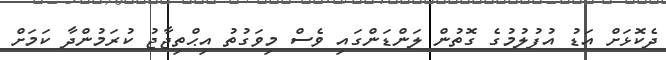
ދެކޮޅަށް އަޑު އުފުލުމުގެ ގޮތުން ލަންޑަންގައި ވެސް މިވަގުތު އިޙްތިޖާޖު ކުރަމުންދާ ކަމަށް